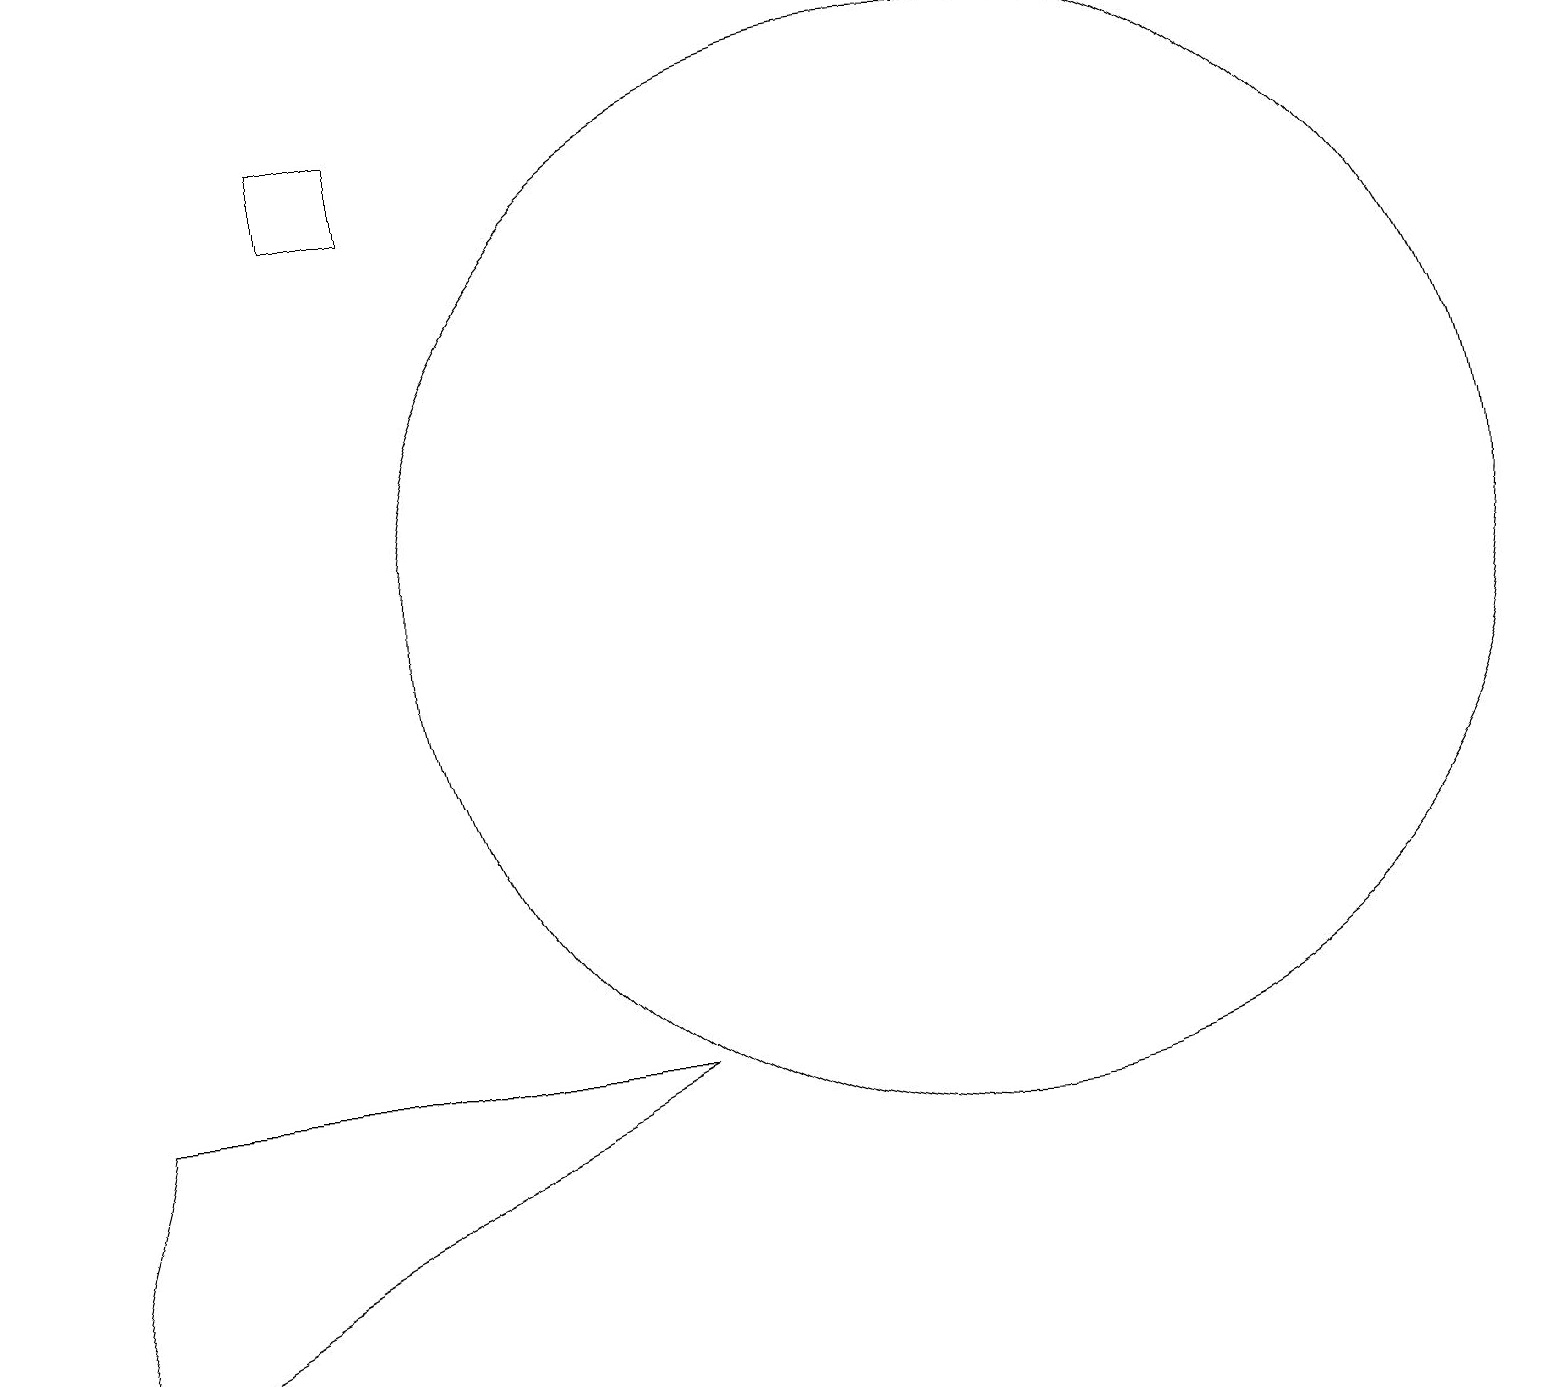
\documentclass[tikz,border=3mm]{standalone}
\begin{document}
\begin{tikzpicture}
\draw (1,5) -- (0,1) -- (8,5) -- cycle;
\draw (4,16) rectangle (5,17);
\draw (12,11) circle (7);
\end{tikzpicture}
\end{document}